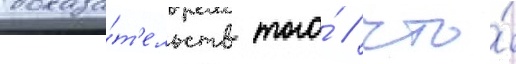
доказа́т'ельств того́ / что́